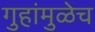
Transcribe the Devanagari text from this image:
गुहांमुळेच